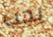
يجب